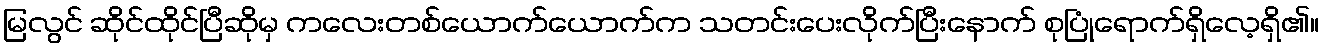
မြလွင် ဆိုင်ထိုင်ပြီဆိုမှ ကလေးတစ်ယောက်ယောက်က သတင်းပေးလိုက်ပြီးနောက် စုပြုံရောက်ရှိလေ့ရှိ၏။